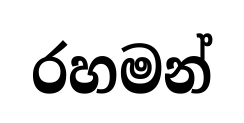
රහමන්